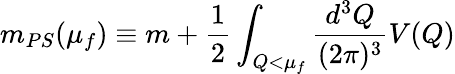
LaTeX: m_{PS}(\mu_{f})\equiv m+\frac{1}{2}\int_{Q<\mu_{f}}\frac{d^{3}Q}{(2\pi)^{3}}V(Q)